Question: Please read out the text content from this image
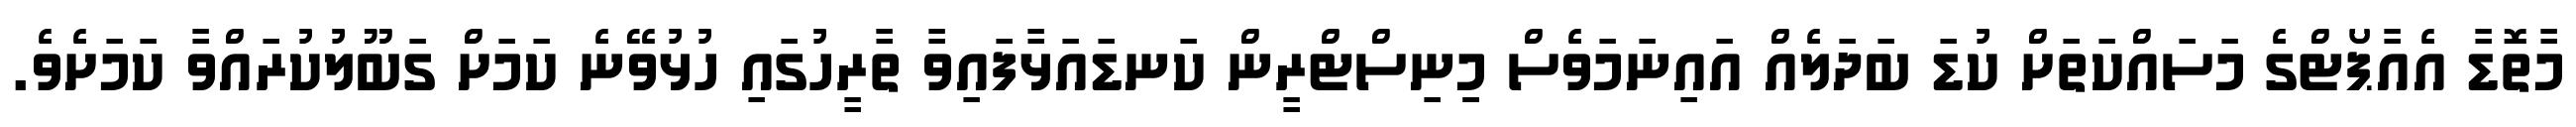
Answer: މާތޮޑާ އެއާޕޯޓްގެ މަސައްކަތަށް ކުޑަ ބަދަލެއް އައިނަމަވެސް މިިނިސްޓްރީން ކަނޑައަޅާފައިވާ ތާރީހުގައި ހުޅުވޭނެ ކަމަށް ގަބޫލުކުރައްވާ ކަމަށެވެ.